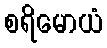
စရိမောယံ